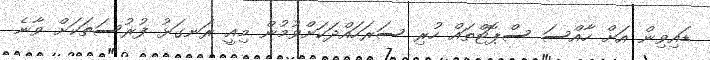
ޑައިވިން އަށް ހާއްސަ ސްޕޮޓްތައް ހުރި ސަރަހައްދަކަށްވުމުން މިއީ ރަނގަޅު ފުރުސަތަކަށް ވާނެ